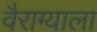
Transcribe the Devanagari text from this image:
वैराग्याला